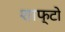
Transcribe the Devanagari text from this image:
शाफ्टो